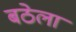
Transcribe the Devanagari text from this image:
बठेलां